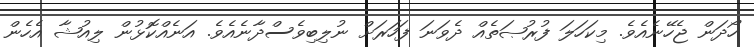
ހޯދަން ޖެހޭނެއެވެ. މިކަހަލަ ފުރުޞަތެއް ދެވަނަ ފަހަރަށް ނުލިބިވެސްދާނެއެވެ. އަނެއްކޮޅުން ލިއުޝާ އެހެން